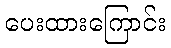
ပေးထားကြောင်း